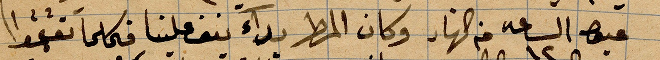
... الساعة ١٢ من النهار وكان المطر بدآء ينف علينا  فيما كان ...